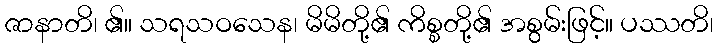
ဇာနာတိ၊ ၏။ သရသဝသေန၊ မိမိတို့၏ ကိစ္စတို့၏ အစွမ်းဖြင့်။ ပဿတိ၊